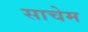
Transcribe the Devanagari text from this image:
साचेम